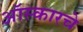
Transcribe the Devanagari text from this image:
ऑस्कारचे